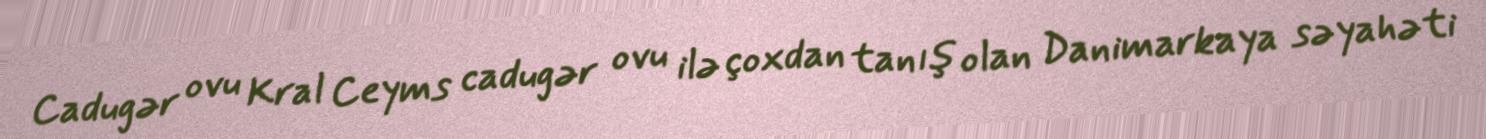
Cadugər ovu Kral Ceyms cadugər ovu ilə çoxdan tanış olan Danimarkaya səyahəti